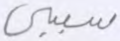
سببي